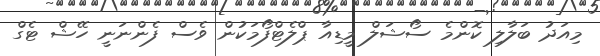
މިއަދު ބަލާލި ކޮންމެ ސޯޝަލް މީޑިއާ ޕްލެޓްފޯމަކުން ވެސް ފެންނަނީ ހޭޝް ޓެގް